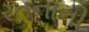
રતનાની